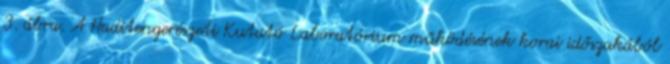
3. ábra. A Haditengerészeti Kutató Laboratórium működésének korai időszakából